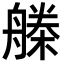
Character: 𣚗